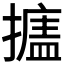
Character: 𰔩